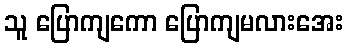
သူ ပြောကျကော ပြောကျမလားအေး